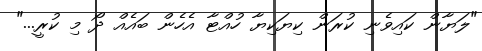
"ލަޔާން ކައިވެނި ކުރަން ކިޔަކިޔާ ހުއްޓާ އެހެން ބައެއް ދޯ މި ކުރީ..."